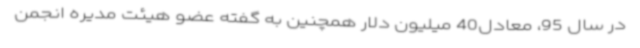
در سال 95، معادل40 میلیون دلار همچنین به گفته عضو هیئت مدیره انجمن